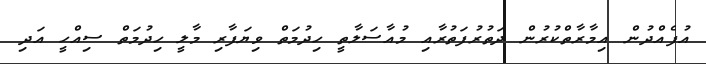
އުފެއްދުން އިމާރާތްކުރުން ދަތުރުފަތުރާއި މުއާސަލާތީ ހިދުމަތް ވިޔަފާރި މާލީ ހިދުމަތް ސިއްހީ އަދި